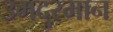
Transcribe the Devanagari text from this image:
उमदुरमान